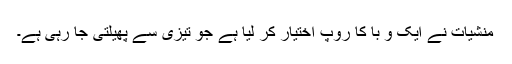
منشیات نے ایک و با کا روپ اختیار کر لیا ہے جو تیزی سے پھیلتی جا رہی ہے۔